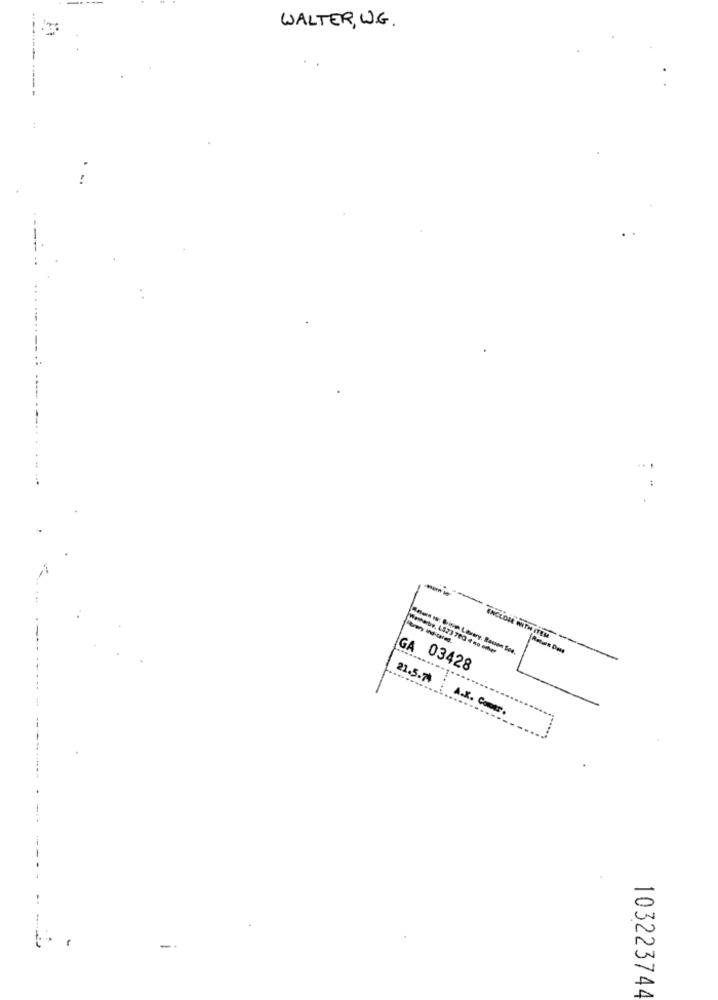
WALTER, W.G.
-----
GA
03428
21.5.74
A.K. Comer.
..
103223744